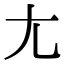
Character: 尢